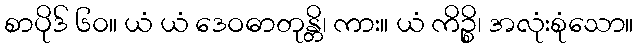
စာပိုဒ် ၆၀။ ယံ ယံ ဒေဝဓာတုန္တိ၊ ကား။ ယံ ကိဉ္စိ၊ အလုံးစုံသော။